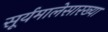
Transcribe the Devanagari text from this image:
सूर्यमालेसारख्या